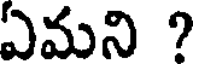
ఏమని ?